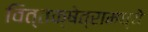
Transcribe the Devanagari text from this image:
वित्तक्षेत्रामध्ये